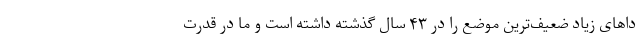
دا‌های زیاد ضعیف‌ترین موضع را در ۴۳ سال گذشته داشته است و ما در قدرت